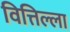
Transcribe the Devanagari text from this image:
वित्तिल्ला